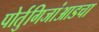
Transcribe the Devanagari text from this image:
पोर्तुगिजांआडचा